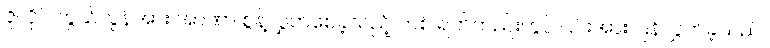
ဇူလိုင် ကွယ်လွန်အား အာဏာ စွန့်လွှတ်စေခဲ့သည့် တစ် ရက်တည်းတွင် ၎င်းအား ပြန်လွှတ်ခဲ့သည်။